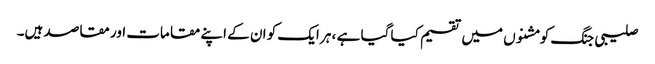
صلیبی جنگ کو مشنوں میں تقسیم کیا گیا ہے ، ہر ایک کو ان کے اپنے مقامات اور مقاصد ہیں۔